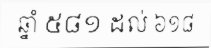
ឆ្នាំ ៥៨១ ដល់ ៦១៨